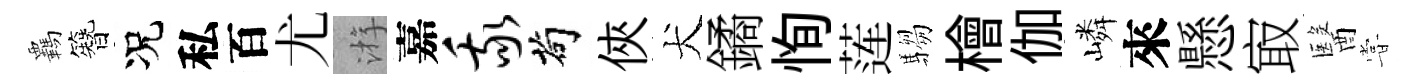
覊簪况私百尤㳺嘉我茍俠犬鐍恂莲騶檜伽嶙來懸㝡醫甞